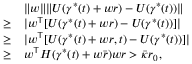
\begin{array} { r l } & { \| w \| \| U ( \gamma ^ { * } ( t ) + w r ) - U ( \gamma ^ { * } ( t ) ) \| } \\ { \ge } & { | w ^ { \top } [ U ( \gamma ^ { * } ( t ) + w r ) - U ( \gamma ^ { * } ( t ) ) ] | } \\ { \ge } & { | w ^ { \top } [ U ( \gamma ^ { * } ( t ) + w r , t ) - U ( \gamma ^ { * } ( t ) ) ] | } \\ { \ge } & { w ^ { \top } H ( \gamma ^ { * } ( t ) + w \bar { r } ) w r > \bar { \kappa } r _ { 0 } , } \end{array}